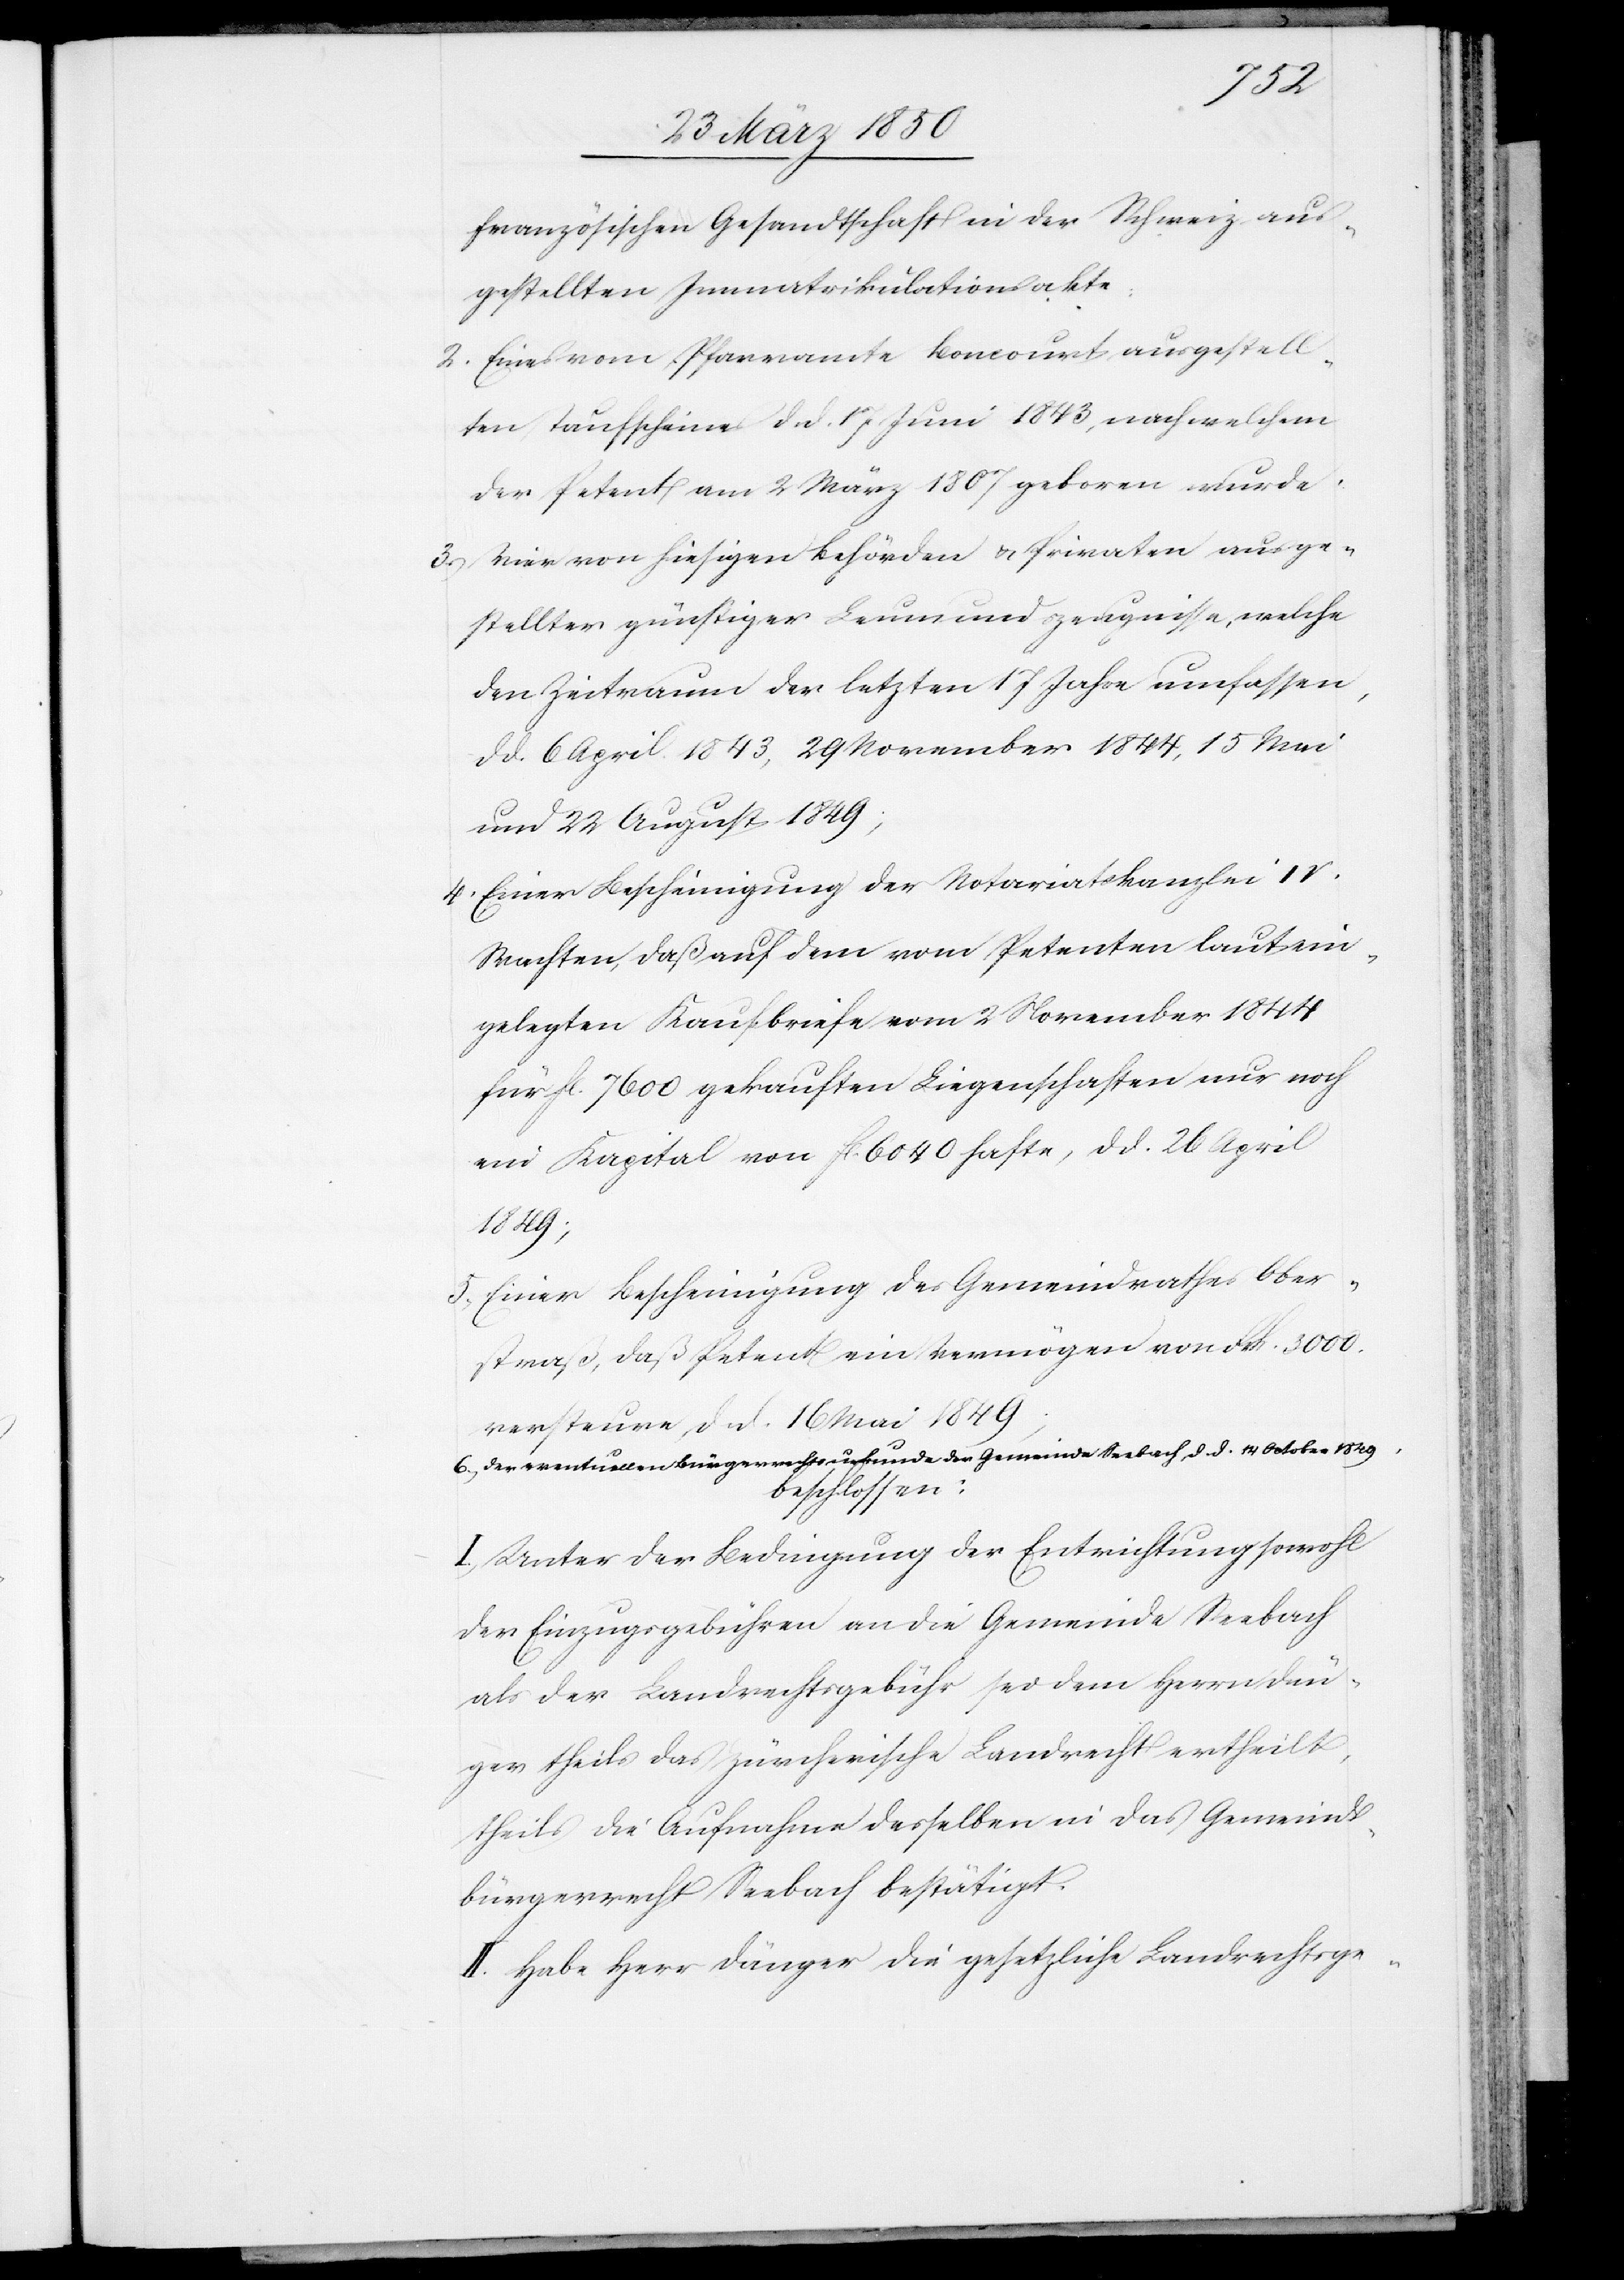
[der]
französischen Gesandtschaft in der Schweiz aus¬
gestellten Immatrikulationsakte
2. Eines vom Pfarramte Boncourt ausgestell¬
ten Taufscheines d. d. 17 Juni 1843, nach welchem
der Petent am 2 März 1807 geboren wurde
3. Vier von hiesigen Behörden u. Privaten ausge¬
stellter günstiger Leumundszeugnisse, welche
den Zeitraum der letzten 17 Jahre umfassen,
d. d. 6 April 1843, 29 November 1844, 15 Mai
und 22 August 1849;
4. Einer Bescheinigung der Notariatskanzlei IV.
Wachten, daß auf dem vom Petenten laut ein¬
gelegten Kaufbriefe vom 2 November 1844
für fl. 7600 gekauften Liegenschaften nur noch
ein Kapital von fl. 6040 hafte, d. d. 26 Apri¬
l1849;
5. Einer Bescheinigung des Gemeindrathes Ober¬
straß, daß Petent ein Vermögen von Frk. 3000.
versteure, d. d. 16 Mai 1849;
6. Der eventuellen Bürgerrechtsurkunde der Gemeinde Seebach, d. d. 14 October 1849,
beschlossen:
I. Unter der Bedingung der Entrichtung sowohl
der Einzugsgebühren an die Gemeinde Seebach
als der Landrechtsgebühr sei dem Herrn Dän¬
ger theils das zürcherische Landrecht ertheilt,
theils die Aufnahme desselben in das Gemeinds¬
bürgerrecht Seebach bestätigt.
II. Habe Herr Dänger die gesetzliche Landrechtsge-